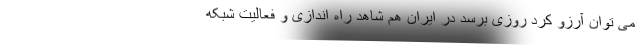
می توان آرزو کرد روزی برسد در ایران هم شاهد راه اندازی و فعالیت شبکه